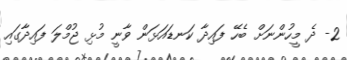
2- ދެ މީހުންނަށް ބެހޭ ފައިދާ ކަނޑައަޅަން ވާނީ މުޅި ޖުމްލަ ފައިދާގައި